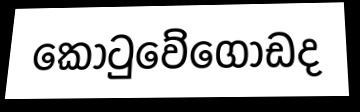
කොටුවේගොඩද